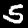
Digit: 5